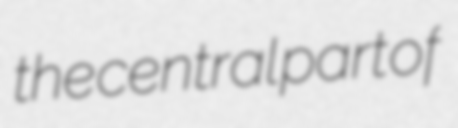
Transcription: the central part of